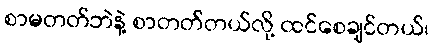
စာမတတ်ဘဲနဲ့ စာတတ်တယ်လို့ ထင်စေချင်တယ်၊